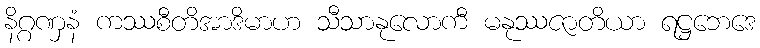
နိဂ္ဂဏှနံ ကဿစီတိအာဒိမာဟ သီသာနုလောကီ မနုဿဇာတိယာ ရဋ္ဌဘေဒေ